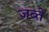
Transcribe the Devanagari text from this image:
जब्ते